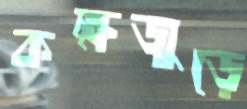
কক্ষজুড়ে